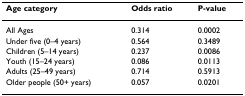
<table><thead><tr><td><b>Age category</b></td><td><b>Odds ratio</b></td><td><b>P-value</b></td></tr></thead><tbody><tr><td>All Ages</td><td>0.314</td><td>0.0002</td></tr><tr><td>Under five (0–4 years)</td><td>0.564</td><td>0.3489</td></tr><tr><td>Children (5–14 years)</td><td>0.237</td><td>0.0086</td></tr><tr><td>Youth (15–24 years)</td><td>0.086</td><td>0.0113</td></tr><tr><td>Adults (25–49 years)</td><td>0.714</td><td>0.5913</td></tr><tr><td>Older people (50+ years)</td><td>0.057</td><td>0.0201</td></tr></tbody></table>